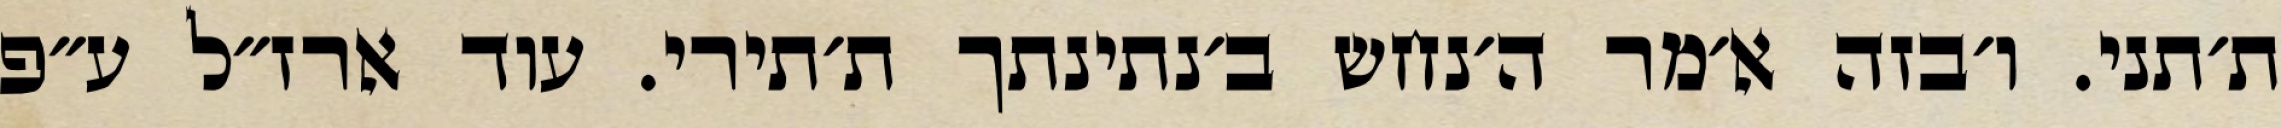
ת׳תני. ו׳בזה א׳מר ה׳נחש ב׳נתינתך ת׳תירי. עוד ארז״ל ע״פ